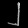
Digit: ၂